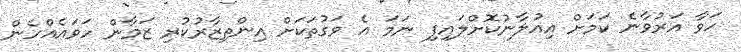
ހަވާ އަރުވާނެ ކަމަށް އިއުލާނުކޮށްލައިފި ނަމަ އެ ވަގުތަކަށް އިންތިޒާރުކުރި ޒަމާން ހަވައެއްހެން